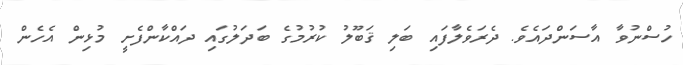
ހުސްނުވާ އާސަންދައެވެ. ދެރަވެލާފައި ބަލި ޤަބޫލު ކުރުމުގެ ބަދަލުގައި ދައްކާންފެށީ މުޅިން އެހެން